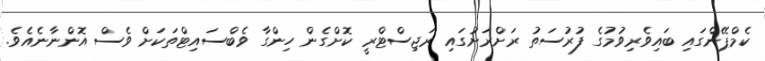
ކެމްޕޭންގައި ބައިވެރިވުމުގެ ފުރުސަތު ރަށްރަށުގައި ރަޖިސްޓްރީ ކޮށްގެން ހިންގާ ވެބްސައިޓްތަކަށް ވެސް އޮންނާނެއެވެ.